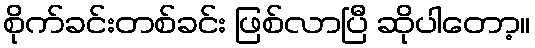
စိုက်ခင်းတစ်ခင်း ဖြစ်လာပြီ ဆိုပါတော့။